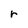
Character: r